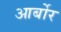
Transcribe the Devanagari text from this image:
आर्बोर